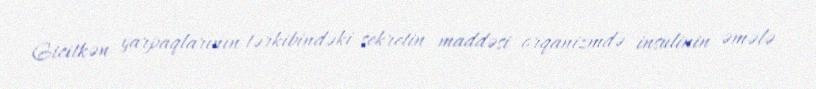
Gicitkən yarpaqlarının tərkibindəki sekretin maddəsi orqanizmdə insulinin əmələ